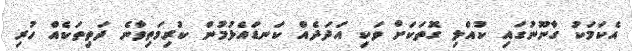
އެކަމަކު ގާނޫނުގައި ކުއްލި ގޮތަކަށް ވަކި އަދަދެއް ކަނޑައެޅުމުން ކުރިމަތިވާނެ ދަތިތަކެއް ހުރި